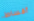
أقساط